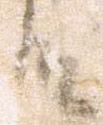
殿